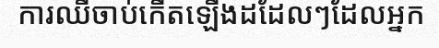
ការឈឺចាប់កើតឡើងដដែលៗដែលអ្នក